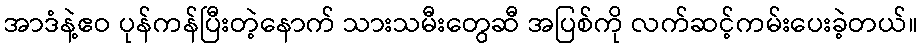
အာဒံနဲ့ဧဝ ပုန်ကန်ပြီးတဲ့နောက် သားသမီးတွေဆီ အပြစ်ကို လက်ဆင့်ကမ်းပေးခဲ့တယ်။